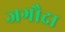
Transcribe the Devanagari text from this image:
जगौदा